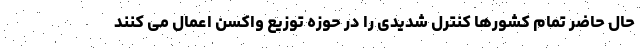
حال حاضر تمام کشورها کنترل شدیدی را در حوزه توزیع واکسن اعمال می کنند